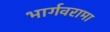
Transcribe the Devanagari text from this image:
भार्गवरामा